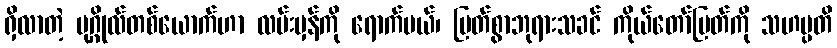
ရှိလာတဲ့ ပုဂ္ဂိုလ်တစ်ယောက်ဟာ လမ်းမှန်ကို ရောက်မယ်၊ မြတ်စွာဘုရားသခင် ကိုယ်တော်မြတ်ကို သဟမ္ပတိ